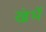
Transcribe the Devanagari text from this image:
खंभें